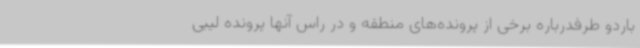
باردو طرفدرباره برخی از پرونده‌های منطقه و در راس آنها پرونده لیبی